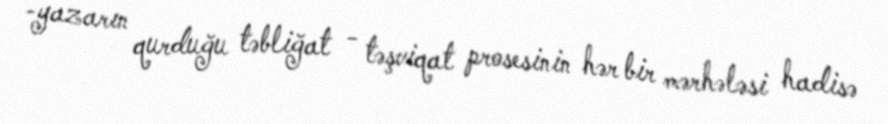
-yazarın qurduğu təbliğat - təşviqat prosesinin hər bir mərhələsi hadisə